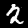
Digit: 2